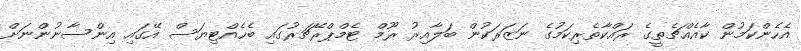
އެހެންކަމުން ކާއެއްޗެތީގެ ރައްކާތެރިކަމުގެ ނަޒަރަކުން ބަލާއިރު ރޫމް ޓެމްޕްރޭޗަރުގައި ބެހެއްޓިޔަސް އޭގައި އިންސާނުންނަށް